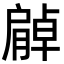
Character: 𦠰